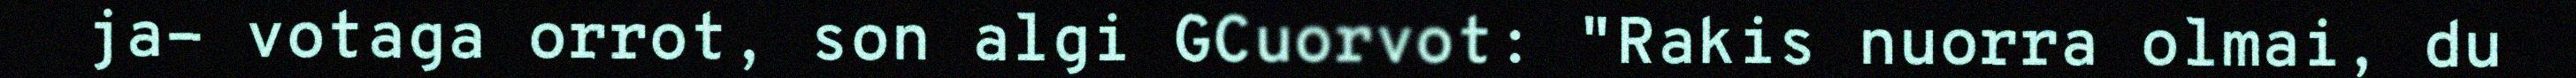
ja- votaga orrot, son algi GCuorvot: "Rakis nuorra olmai, du